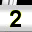
Digit: 2